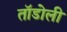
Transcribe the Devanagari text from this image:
तॉडोली